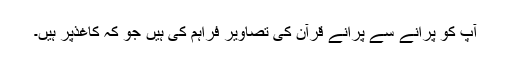
آپ کو پرانے سے پرانے قرآن کی تصاویر فراہم کی ہیں جو کہ کاغذ‌پر ہیں۔